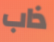
ذاب